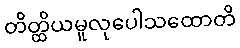
တိတ္ထိယမူလုပေါသထောတိ